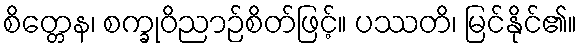
စိတ္တေန၊ စက္ခုဝိညာဉ်စိတ်ဖြင့်။ ပဿတိ၊ မြင်နိုင်၏။